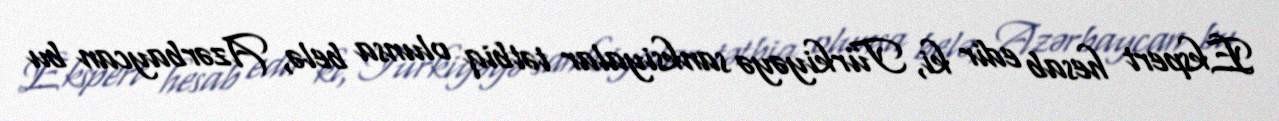
Ekspert hesab edir ki, Türkiyəyə sanksiyalar tətbiq olunsa belə, Azərbaycan bu